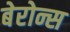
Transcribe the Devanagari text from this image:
बेरोन्स